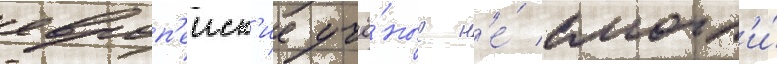
европ'еиск'ие учё́ные н'е́ смогл'и́